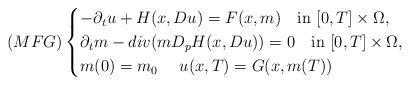
LaTeX: \begin{align*}(MFG)\begin{cases}-\partial_t u +H(x,Du)=F(x,m) \ \ \ \mbox{in} \ [0,T]\times {\Omega},\\\partial_t m-div(mD_pH(x,Du))=0\ \ \ \mbox{in} \ [0,T]\times {\Omega},\\m(0)=m_0 \ \ \ \ u(x,T)=G(x,m(T))\end{cases}\end{align*}